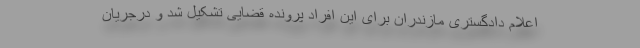
اعلام دادگستری مازندران برای این افراد پرونده قضایی تشکیل شد و درجریان